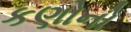
કણોનો